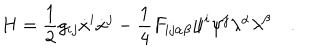
H = \frac { 1 } { 2 } g _ { i j } \dot { x } ^ { i } \dot { x } ^ { j } - \frac { 1 } { 4 } F _ { i j \alpha \beta } \psi ^ { i } \psi ^ { j } \lambda ^ { \alpha } \lambda ^ { \beta } \quad .